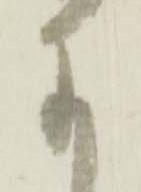
に